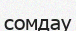
сомдау